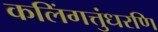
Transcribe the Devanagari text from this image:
कलिंगत्तुंधरणि